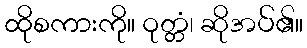
ထိုစကားကို။ ဝုတ္တံ၊ ဆိုအပ်၏။